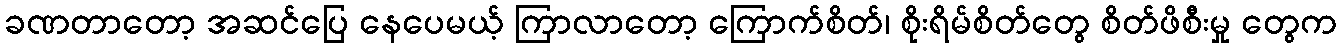
ခဏတာတော့ အဆင်ပြေ နေပေမယ့် ကြာလာတော့ ကြောက်စိတ်၊ စိုးရိမ်စိတ်တွေ စိတ်ဖိစီးမှု တွေက